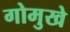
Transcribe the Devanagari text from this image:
गोमुखे